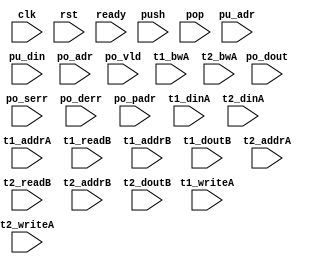
/*
 * Copyright (C) 2011 Memoir Systems Inc. These coded instructions, statements, and computer programs are
 * Confidential Proprietary Information of Memoir Systems Inc. and may not be disclosed to third parties
 * or copied in any form, in whole or in part, without the prior written consent of Memoir Systems Inc.
 * 
 * Generated File by Ipgen. Version: 3.3.UNKNOWN Date: Wed 2012.11.21 at 01:59:18 PM IST
 * */

module algo_1r6w_a113_sva_wrap
#(parameter IP_WIDTH = 32, parameter IP_BITWIDTH = 5, parameter IP_DECCBITS = 7, parameter IP_NUMADDR = 8192, parameter IP_BITADDR = 13, 
parameter IP_NUMVBNK = 4,	parameter IP_BITVBNK = 2, parameter IP_BITPBNK = 3,
parameter IP_ENAECC = 0, parameter IP_ENAPAR = 0, parameter IP_SECCBITS = 4, parameter IP_SECCDWIDTH = 3, 
parameter FLOPECC = 1, parameter FLOPIN = 0, parameter FLOPOUT = 0, parameter FLOPCMD = 0, parameter FLOPMEM = 0,
parameter IP_REFRESH = 1, parameter IP_REFFREQ = 6,  parameter IP_REFFRHF = 0,
parameter IP_NUMQUEUE = 416, parameter IP_BITQUEUE = 9,

parameter T1_WIDTH = 32, parameter T1_NUMVBNK = 8, parameter T1_BITVBNK = 3, parameter T1_DELAY = 1, parameter T1_NUMVROW = 2048, parameter T1_BITVROW = 11,
parameter T1_BITWSPF = 0, parameter T1_NUMWRDS = 2, parameter T1_BITWRDS = 1, parameter T1_NUMSROW = 1024, parameter T1_BITSROW = 10, parameter T1_PHYWDTH = 64,
parameter T2_WIDTH = 32, parameter T2_NUMVBNK = 4, parameter T2_BITVBNK = 2, parameter T2_DELAY = 1, parameter T2_NUMVROW = 2048, parameter T2_BITVROW = 11,
parameter T2_BITWSPF = 0, parameter T2_NUMWRDS = 2, parameter T2_BITWRDS = 1, parameter T2_NUMSROW = 1024, parameter T2_BITSROW = 10, parameter T2_PHYWDTH = 64)
( clk,  rst,  ready,
  push,   pu_adr,   pu_din,
  pop,   po_adr,   po_dout,   po_vld,   po_serr,   po_derr,   po_padr,
  t1_writeA,   t1_addrA,   t1_dinA,    t1_bwA,   t1_readB,    t1_addrB,   t1_doutB,
  t2_writeA,   t2_addrA,   t2_dinA,    t2_bwA,   t2_readB,    t2_addrB,   t2_doutB);
  
  parameter WIDTH = IP_WIDTH;
  parameter BITWDTH = IP_BITWIDTH;
  parameter ENAPAR = IP_ENAPAR;
  parameter ENAECC = IP_ENAECC;
  parameter ECCWDTH = IP_DECCBITS;
  parameter NUMQUEU = IP_NUMQUEUE;
  parameter BITQUEU = IP_BITQUEUE;
  parameter NUMADDR = IP_NUMADDR;
  parameter BITADDR = IP_BITADDR;
  parameter NUMVROW = T1_NUMVROW;
  parameter BITVROW = T1_BITVROW;
  parameter NUMVBNK = IP_NUMVBNK;
  parameter BITVBNK = IP_BITVBNK;
  parameter NUMPBNK = IP_NUMVBNK + 2;
  parameter BITPBNK = IP_BITPBNK;
  parameter NUMWRDS = T1_NUMWRDS;      // ALIGN Parameters
  parameter BITWRDS = T1_BITWRDS;
  parameter NUMSROW = T1_NUMSROW;
  parameter BITSROW = T1_BITSROW;
  parameter MEMWDTH = ENAPAR ? BITADDR+1 : ENAECC ? BITADDR+ECCWDTH : BITADDR;
  parameter PHYWDTH = T1_PHYWDTH;
  parameter SRAM_DELAY = 2;
  parameter DRAM_DELAY = T1_DELAY;
  parameter NUMPOPT = 1;
  parameter NUMPUPT = 6;
  parameter NUMSBFL = 1;
  
  parameter BITPADR = BITPBNK+BITSROW+BITWRDS+1;

  parameter BITMAPT = (BITPBNK+1)*NUMVBNK;
  
  input [NUMPUPT-1:0]                  push;
  input [NUMPUPT*BITQUEU-1:0]          pu_adr;
  input [NUMPUPT*BITADDR-1:0]          pu_din;

  input [NUMPOPT-1:0]                  pop;
  input [NUMPOPT*BITQUEU-1:0]          po_adr;
  input [NUMPOPT-1:0]                 po_vld;
  input [NUMPOPT*BITADDR-1:0]         po_dout;
  input [NUMPOPT-1:0]                 po_serr;
  input [NUMPOPT-1:0]                 po_derr;
  input [NUMPOPT*BITPADR-1:0]         po_padr;

  input                               ready;
  input                                clk, rst;

  input [T1_NUMVBNK-1:0] t1_writeA;
  input [T1_NUMVBNK*BITSROW-1:0] t1_addrA;
  input [T1_NUMVBNK*PHYWDTH-1:0] t1_bwA;
  input [T1_NUMVBNK*PHYWDTH-1:0] t1_dinA;
  input [T1_NUMVBNK-1:0] t1_readB;
  input [T1_NUMVBNK*BITSROW-1:0] t1_addrB;
  input  [T1_NUMVBNK*PHYWDTH-1:0] t1_doutB;

  input [T2_NUMVBNK-1:0] t2_writeA;
  input [T2_NUMVBNK*BITSROW-1:0] t2_addrA;
  input [T2_NUMVBNK*PHYWDTH-1:0] t2_bwA;
  input [T2_NUMVBNK*PHYWDTH-1:0] t2_dinA;
  input [T2_NUMVBNK-1:0] t2_readB;
  input [T2_NUMVBNK*BITSROW-1:0] t2_addrB;
  input  [T2_NUMVBNK*PHYWDTH-1:0] t2_doutB;

endmodule